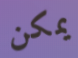
يمكن